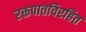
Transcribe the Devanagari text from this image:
रक्तपातविरहित